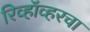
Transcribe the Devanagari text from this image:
रिव्हॉव्हरचा